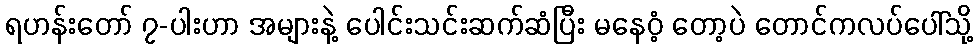
ရဟန်းတော် ၇-ပါးဟာ အများနဲ့ ပေါင်းသင်းဆက်ဆံပြီး မနေဝံ့ တော့ပဲ တောင်ကလပ်ပေါ်သို့